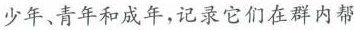
少年、青年和成年,记录它们在群内帮